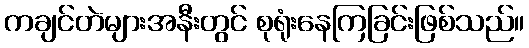
ကချင်တဲများအနီးတွင် စုရုံးနေကြခြင်းဖြစ်သည်။